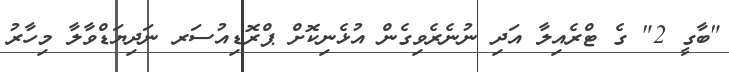
"ބާގީ 2" ގެ ޓްރެއިލާ އަދި ނުނެރެވިގެން އުޅެނިކޮށް ޕްރޮޑިއުސަރ ނަދިޔަޑްވާލާ މިހާރު